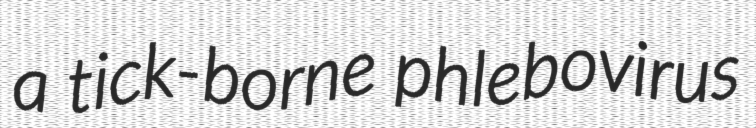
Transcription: a tick-borne phlebovirus